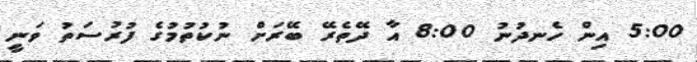
5:00 އިން ހެނދުނު 8:00 އާ ދޭތެރޭ ބޭރަށް ނުކުތުމުގެ ފުރުސަތު ވަނީ